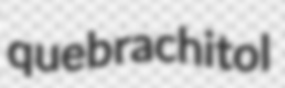
quebrachitol